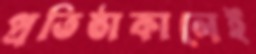
প্রতিষ্ঠাকালেই